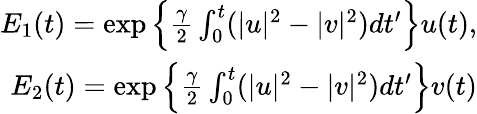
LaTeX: \begin{array}{r}{E_{1}(t)=\exp\left\{ \frac{\gamma}{2}\int_{0}^{t}(|u|^{2}-|v|^{2})dt^{\prime}\right\} u(t),}\\ {E_{2}(t)=\exp\left\{ \frac{\gamma}{2}\int_{0}^{t}(|u|^{2}-|v|^{2})dt^{\prime}\right\} v(t)}\end{array}